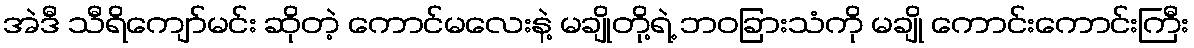
အဲဒီ သီရိကျော်မင်း ဆိုတဲ့ ကောင်မလေးနဲ့ မချိုတို့ရဲ့ ဘဝခြားသံကို မချို ကောင်းကောင်းကြီး